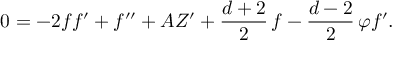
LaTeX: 0 = - 2 f f ^ { \prime } + f ^ { \prime \prime } + A Z ^ { \prime } + \frac { d + 2 } { 2 } \, f - \frac { d - 2 } { 2 } \, \varphi f ^ { \prime } .